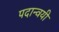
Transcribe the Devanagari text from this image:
पदान्वयी